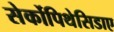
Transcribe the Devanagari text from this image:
सेर्कोपिथेसिडाए